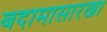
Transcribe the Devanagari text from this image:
बदामासारखा